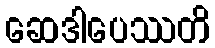
ဆေဒါပေဿတိ